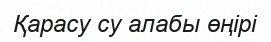
Қарасу су алабы өңірі